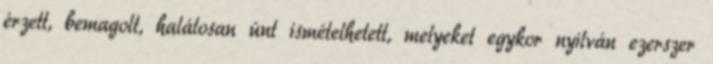
érzett, bemagolt, halálosan únt ismételhetett, melyeket egykor nyilván ezerszer